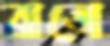
ব্রাভো